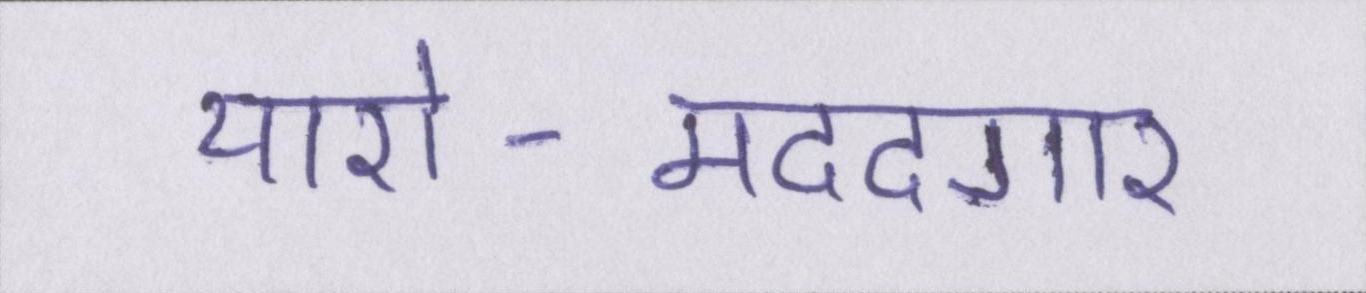
यारो-मददगार